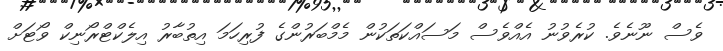
ވެސް ނޫނެވެ. ކުރެވުނު އެއްވެސް މަސައްކަތަކުން މެމްބަރުންގެ ފުރިހަމަ އިތުބާރު އިލެކްޓްރޯނިކް ވޯޓަށް